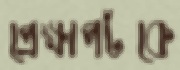
প্রেক্ষাপটকে